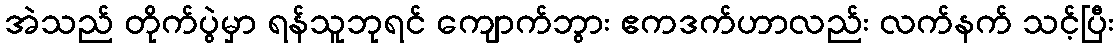
အဲသည် တိုက်ပွဲမှာ ရန်သူဘုရင် ကျောက်ဘွား ဧကဒက်ဟာလည်း လက်နက် သင့်ပြီး